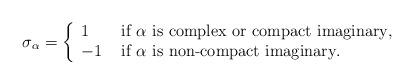
LaTeX: \begin{align*} \sigma_\alpha = \left\{ \begin{array}{ll} 1 & \mbox{ if } \alpha \mbox{ is complex or compact imaginary}, \\ -1 & \mbox{ if } \alpha \mbox{ is non-compact imaginary}. \end{array} \right. \end{align*}